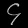
Digit: ၄